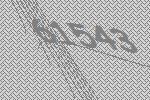
61543